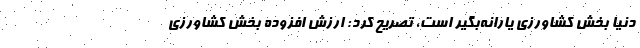
دنیا بخش کشاورزی یارانه‌بگیر است، تصریح کرد: ارزش افزوده بخش کشاورزی